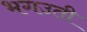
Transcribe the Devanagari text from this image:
भगउती